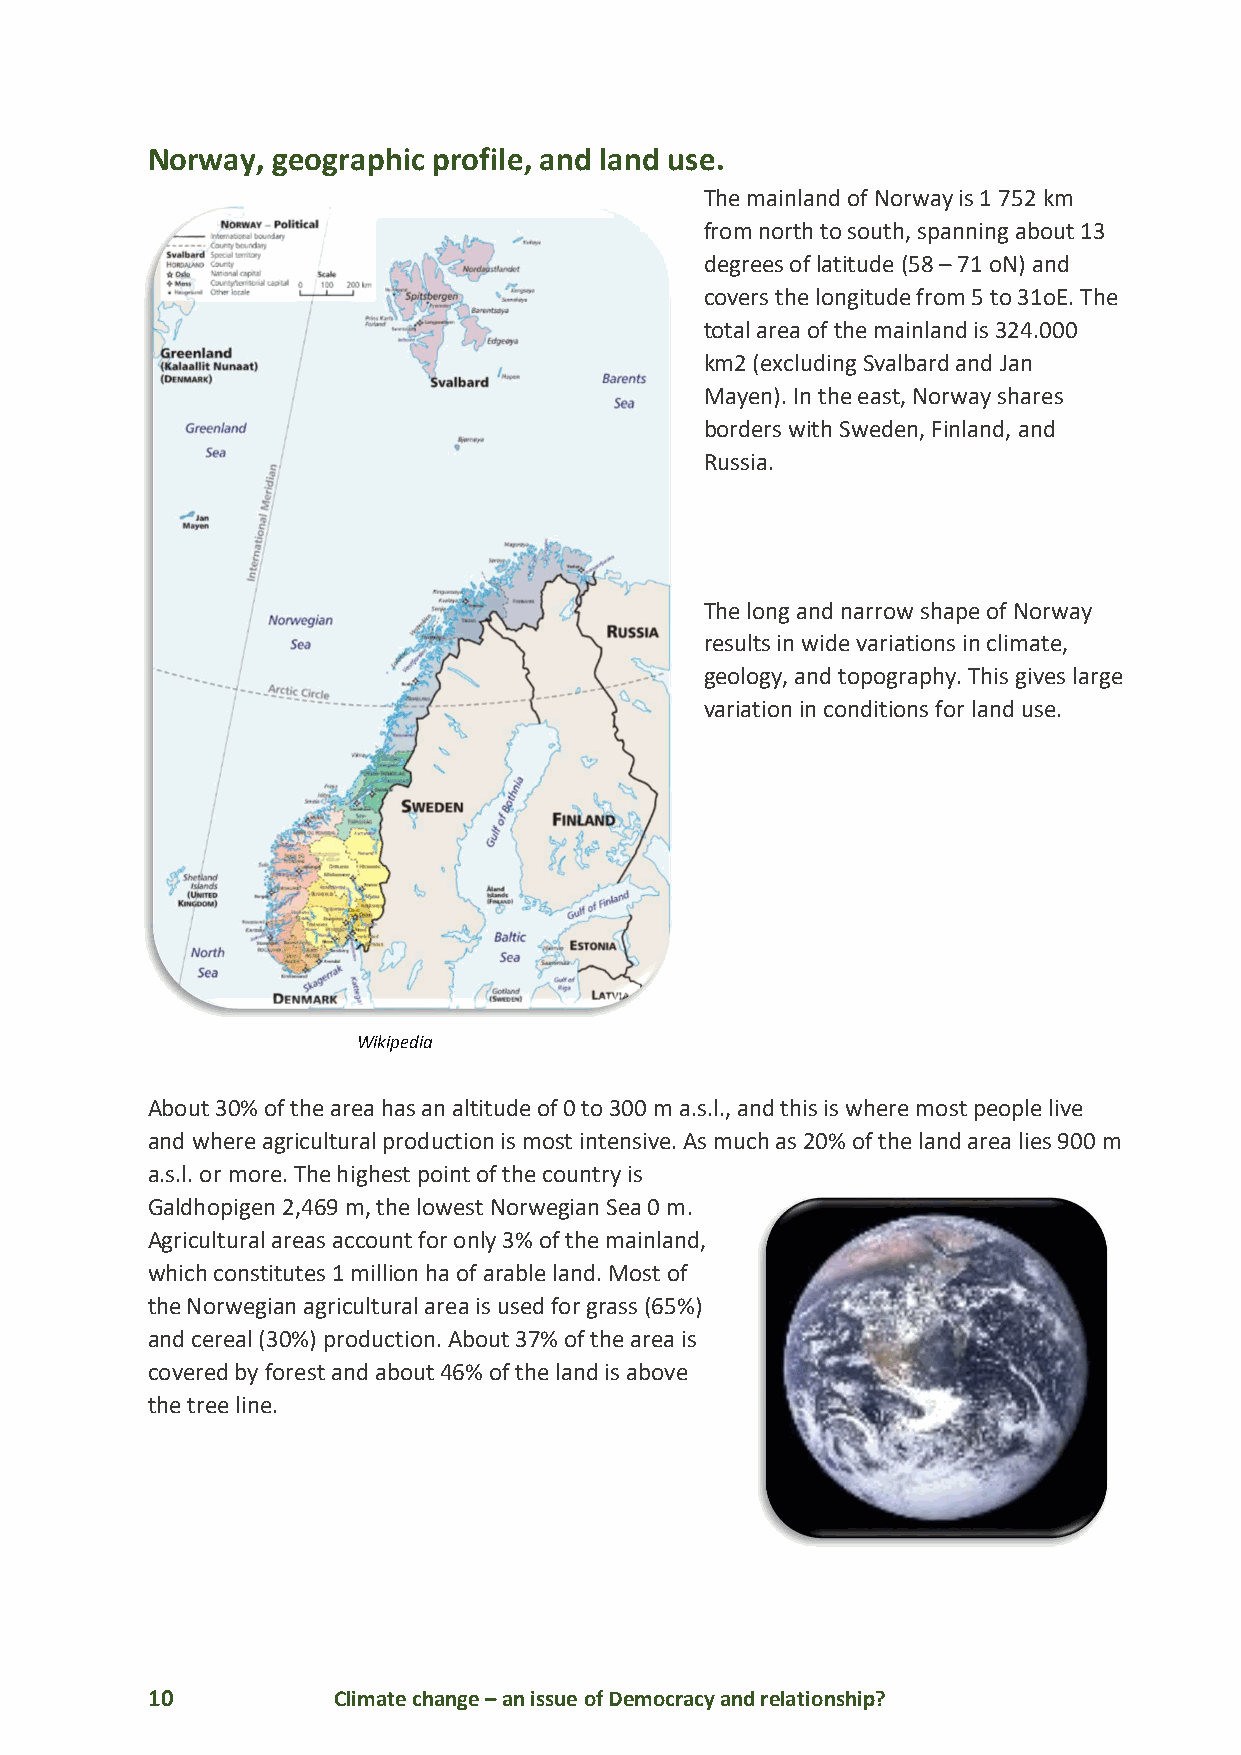
Norway, geographic profile, and land use.
 The mainland of Norway is 1 752 km
 from north to south, spanning about 13
 degrees of latitude (58 – 71 oN) and
 covers the longitude from 5 to 31oE. The
 total area of the mainland is 324.000
 km2 (excluding Svalbard and Jan
 Mayen). In the east, Norway shares
 borders with Sweden, Finland, and
 Russia.
 The long and narrow shape of Norway
 results in wide variations in climate,
 geology, and topography. This gives large
 variation in conditions for land use.
 Wikipedia
 About 30% of the area has an altitude of 0 to 300 m a.s.l., and this is where most people live
 and where agricultural production is most intensive. As much as 20% of the land area lies 900 m
 a.s.l. or more. The highest point of the country is
 Galdhopigen 2,469 m, the lowest Norwegian Sea 0 m.
 Agricultural areas account for only 3% of the mainland,
 which constitutes 1 million ha of arable land. Most of
 the Norwegian agricultural area is used for grass (65%)
 and cereal (30%) production. About 37% of the area is
 covered by forest and about 46% of the land is above
 the tree line.
 10          Climate change – an issue of Democracy and relationship?